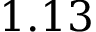
1 . 1 3